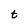
Character: t